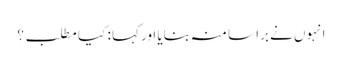
انہوں نے برا سا منہ بنایا اور کہا : کیا مطلب ؟